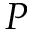
P